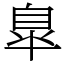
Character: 臯